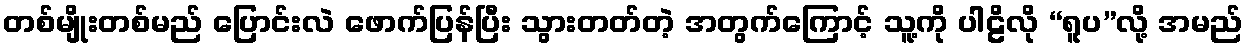
တစ်မျိုးတစ်မည် ပြောင်းလဲ ဖောက်ပြန်ပြီး သွားတတ်တဲ့ အတွက်ကြောင့် သူ့ကို ပါဠိလို “ရူပ”လို့ အမည်